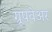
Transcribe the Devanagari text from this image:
ग्रूपवेअर